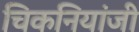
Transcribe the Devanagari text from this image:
चिकनियांजी